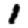
Digit: 1